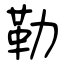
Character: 勒